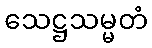
သေဋ္ဌသမ္မတံ